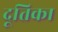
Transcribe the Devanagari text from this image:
दूतिका